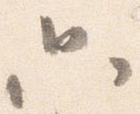
只